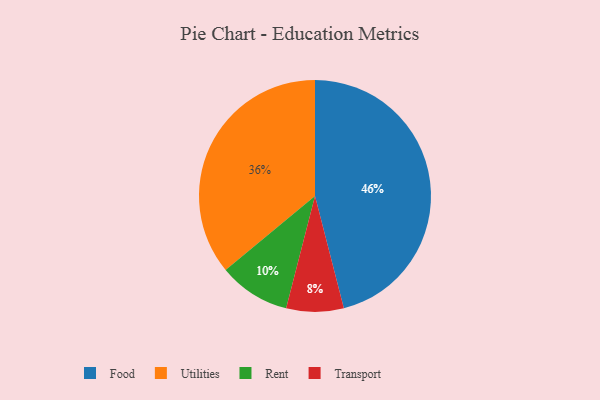
{"axis": {"x": "Category", "y": "Percentage"}, "legend": ["Food", "Rent", "Transport", "Utilities"], "data": [{"x": "Transport", "y": 8, "type": "Transport"}, {"x": "Rent", "y": 10, "type": "Rent"}, {"x": "Food", "y": 46, "type": "Food"}, {"x": "Utilities", "y": 36, "type": "Utilities"}]}